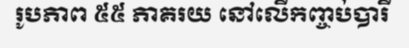
រូបភាព ៥៥ ភាគរយ នៅលើកញ្ចប់បារី